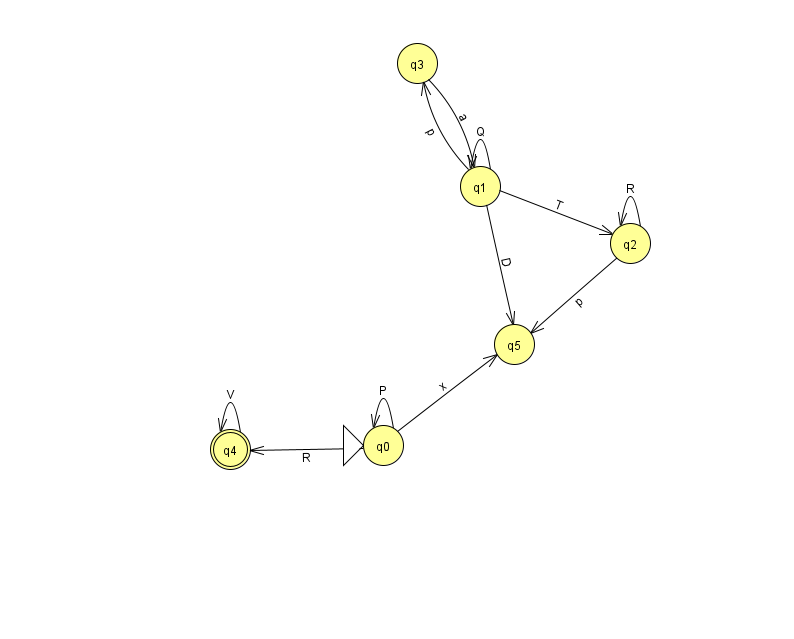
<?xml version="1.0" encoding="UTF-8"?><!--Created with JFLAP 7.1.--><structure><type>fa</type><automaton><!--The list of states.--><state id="0" name="q0"><x>383.0</x><y>432.0</y><initial/></state><state id="1" name="q1"><x>480.0</x><y>173.0</y></state><state id="2" name="q2"><x>630.0</x><y>230.0</y></state><state id="3" name="q3"><x>417.0</x><y>50.0</y></state><state id="4" name="q4"><x>230.0</x><y>436.0</y><final/></state><state id="5" name="q5"><x>514.0</x><y>331.0</y></state><!--The list of transitions.--><transition><from>0</from><to>0</to><read>P</read></transition><transition><from>1</from><to>1</to><read>Q</read></transition><transition><from>2</from><to>2</to><read>R</read></transition><transition><from>4</from><to>4</to><read>V</read></transition><transition><from>2</from><to>5</to><read>p</read></transition><transition><from>3</from><to>1</to><read>a</read></transition><transition><from>0</from><to>4</to><read>R</read></transition><transition><from>1</from><to>2</to><read>T</read></transition><transition><from>1</from><to>3</to><read>p</read></transition><transition><from>1</from><to>5</to><read>D</read></transition><transition><from>0</from><to>5</to><read>x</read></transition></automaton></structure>